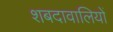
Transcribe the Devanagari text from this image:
शबदावालियों